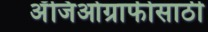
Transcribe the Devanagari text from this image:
अँजिओग्राफीसाठी